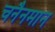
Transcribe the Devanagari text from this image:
चनैनमान